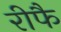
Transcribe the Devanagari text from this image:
रीफै